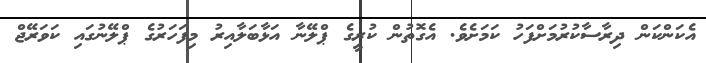
އެކަންކަން ދިރާސާކުރުމަށްފަހު ކަމަށެވެ. އެގޮތުން ކުރީގެ ޕްލޭނާ އަޅާބަލާއިރު މިފަހަރުގެ ޕްލޭނުގައި ކަވަރޭޖް